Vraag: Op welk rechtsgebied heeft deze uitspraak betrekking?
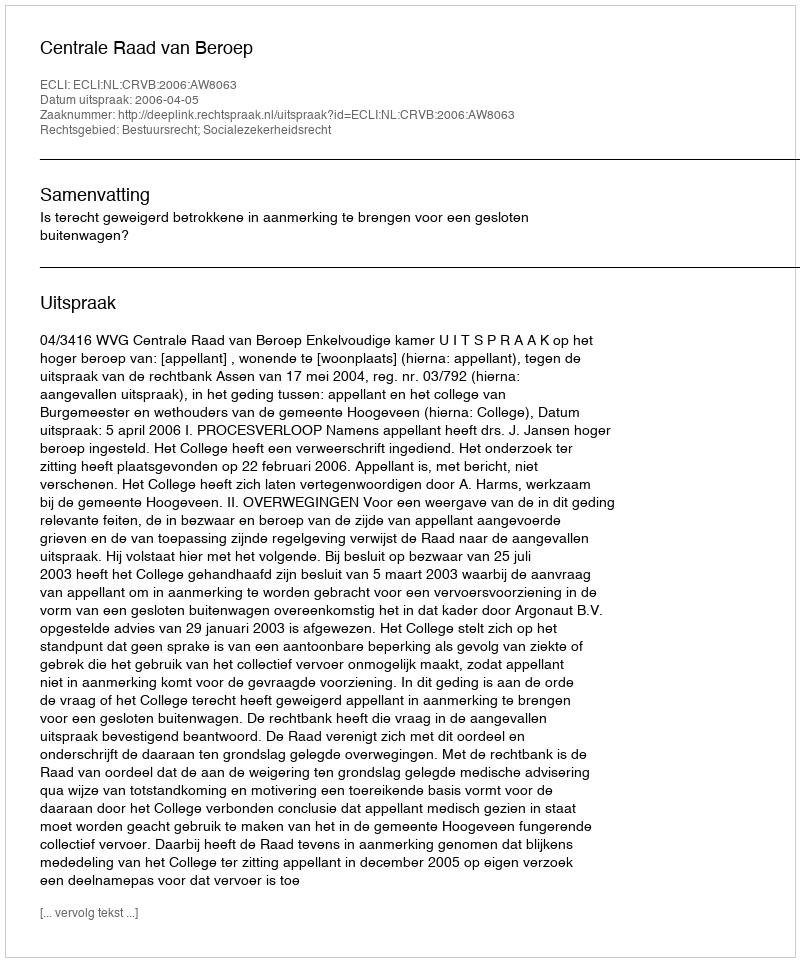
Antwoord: Bestuursrecht; Socialezekerheidsrecht